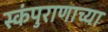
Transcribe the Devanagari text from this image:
स्कंपुराणाच्या